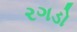
રગડો